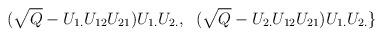
LaTeX: \begin{align*}\;\;(\sqrt{Q} - U_{1.} U_{12} U_{21})U_{1.}U_{2.},\;\;(\sqrt{Q} - U_{2.} U_{12} U_{21})U_{1.}U_{2.}\}\end{align*}